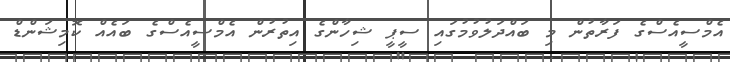
އެމްސީއެސްގެ ފަރާތުން މި ބައްދަލުވުމުގައި ސީޕީ ޝިހާންގެ އިތުރުން އެމްސީއެސްގެ ބައެއް ކޮމިޝަންޑް